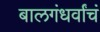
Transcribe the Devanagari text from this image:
बालगंधर्वांचं